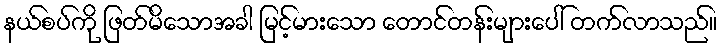
နယ်စပ်ကို ဖြတ်မိသောအခါ မြင့်မားသော တောင်တန်းများပေါ် တက်လာသည်။